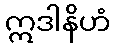
ဣဒါနိဟံ